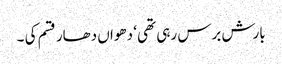
بارش برس رہی تھی ‘ دھواں دھار قسم کی ۔